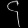
Digit: ၄